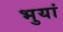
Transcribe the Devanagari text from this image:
भुयां